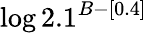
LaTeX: \log 2.1^{B-[0.4]}